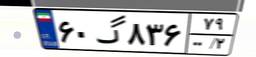
۱۱گ۰۴۱۲۱